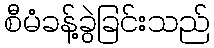
စီမံခန့်ခွဲခြင်းသည်